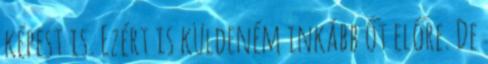
képest is. Ezért is küldeném inkább őt előre. De